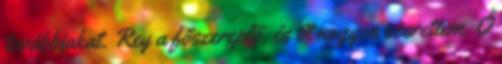
továbbiakat. Rey a főszereplő, és őt nagyon szerettem. Ő